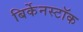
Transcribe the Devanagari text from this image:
बिर्केनस्टॉक